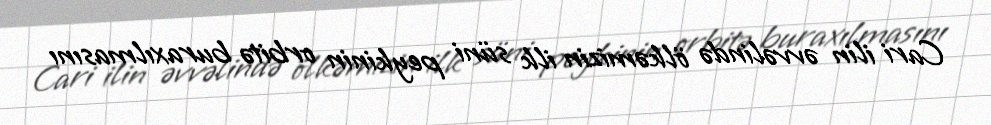
Cari ilin əvvəlində ölkəmizin ilk süni peykinin orbitə buraxılmasını